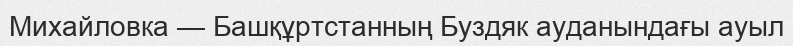
Михайловка — Башқұртстанның Буздяк ауданындағы ауыл